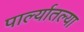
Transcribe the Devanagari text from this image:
पार्ल्यातल्या